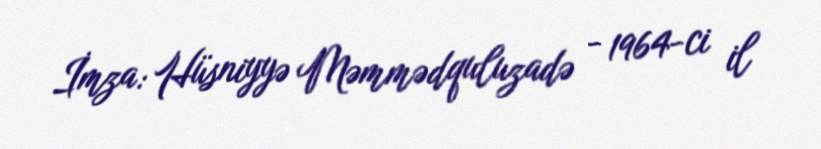
İmza: Hüsniyyə Məmmədquluzadə - 1964-ci il